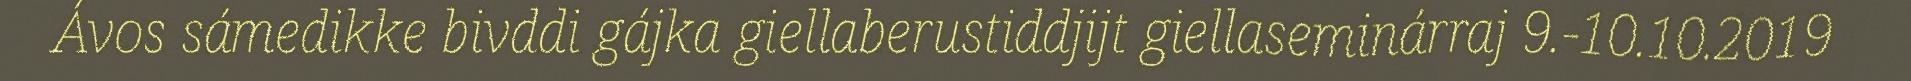
Ávos sámedikke bivddi gájka giellaberustiddjijt giellaseminárraj 9.-10.10.2019